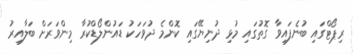
ރިޕޯޓްގައި ބުނެފައިވާ ގޮތުގައި މުޅި ދުނިޔޭގައި ކޮންމެ ދުވަހަކު ޑައުންލޯޑްކުރާ މިންވަރަށް ބަލާއިރު